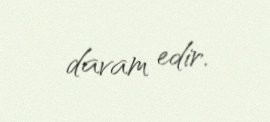
davam edir.